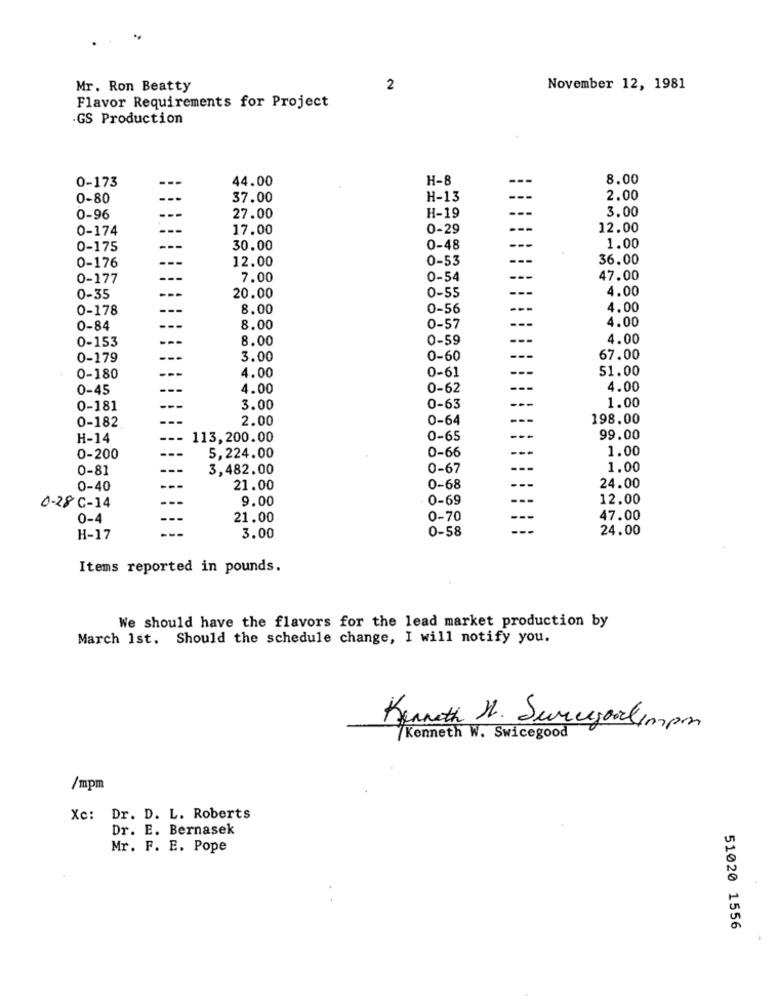
Mr. Ron Beatty
2
November 12, 1981
Flavor Requirements for Project
GS Production
0-173
---
44.00
H-8
8.00
0-80
---
37.00
H-13
2.00
3.00
0-96
27.00
H-19
0-174
17.00
0-29
12.00
0-175
---
30.00
0-48
1.00
0-176
---
12.00
0-53
36.00
0-177
7.00
0-54
47.00
4.00
0-35
20.00
0-55
0-178
8.00
0-56
4.00
4.00
0-84
8.00
0-57
0-153
8.00
0-59
4.00
0-179
3.00
0-60
67.00
4.00
0-61
51.00
0-180
0-45
4.00
0-62
4.00
1.00
0-181
3.00
0-63
0-182
2.00
0-64
198.00
H-14
113,200.00
0-65
99.00
0-66
1.00
0-200
5,224.00
0-81
3,482.00
0-67
1.00
0-40
21.00
0-68
24.00
9.00
0-69
12.00
0-28 C-14
0-4
21.00
0-70
--
47.00
3.00
0-58
24.00
H-17
Items reported in pounds.
We should have the flavors for the lead market production by
March 1st. Should the schedule change, I will notify you.
Kenneth M. Sureyoulimpo
/Kenneth W. Swicegood
/mpm
Xc: Dr. D. L. Roberts
Dr. E. Bernasek
Mr. F. E. Pope
51020 1556